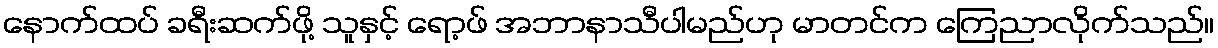
နောက်ထပ် ခရီးဆက်ဖို့ သူနှင့် ရော့ဖ် အဘာနာသီပါမည်ဟု မာတင်က ကြေညာလိုက်သည်။